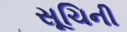
સૂચિની